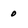
Character: 0